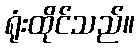
ရုံးထိုင်သည်။